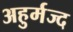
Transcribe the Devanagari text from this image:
अहुर्मज्द